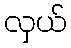
လှယ်